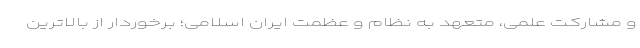
و مشارکت علمی، متعهد به نظام و عظمت ایران اسلامی؛ برخوردار از بالاترین